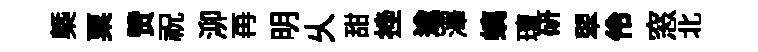
㮣粟赞祝泖再明乆甜挫逾澤螭璮研翠伶窓北